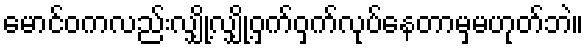
မောင်ဝကလည်းလျှို့လျှို့ဝှက်ဝှက်လုပ်နေတာမှမဟုတ်ဘဲ။